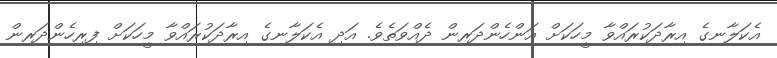
އެކަލާނގެ އިރާދަކުރައްވާ މީހަކަށް އަންހެންދަރިން ދެއްވަތެވެ. އަދި އެކަލާނގެ އިރާދަކުރައްވާ މީހަކަށް ފިރިހެންދަރިން